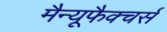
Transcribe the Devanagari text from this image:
मैन्यूफैक्चर्स